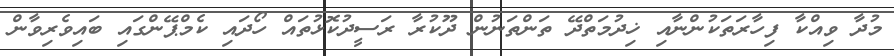
މުދާ ވިއްކާ ފިހާރަތަކުންނާއި ޚިދުމަތްދޭ ތަންތަނުން ދޫކުރާ ރަސީދުކޮޅުތައް ހޯދައި ކެމްޕޭންގައި ބައިވެރިވާން